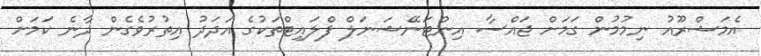
އެމަޝްރޫއު ނިމުމުން ގަމަށް ޖައްސާ އިންޓަނޭޝަނަލް ފްލައިޓްތަކުގެ އަދަދު އިތުރުވެގެން ދާނެ ކަމަށް